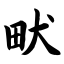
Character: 畎